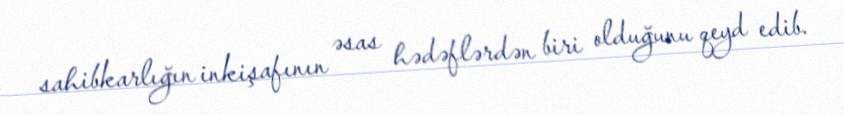
sahibkarlığın inkişafının əsas hədəflərdən biri olduğunu qeyd edib.